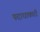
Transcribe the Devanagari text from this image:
पदाधाकारी